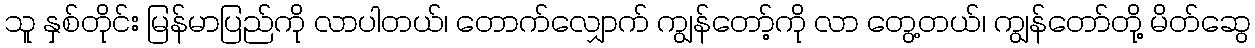
သူ နှစ်တိုင်း မြန်မာပြည်ကို လာပါတယ်၊ တောက်လျှောက် ကျွန်တော့်ကို လာ တွေ့တယ်၊ ကျွန်တော်တို့ မိတ်ဆွေ